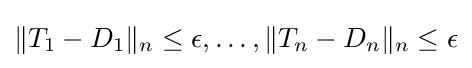
\|T_{1}-D_{1}\|_{n}\leq \epsilon ,\dots ,\|T_{n}-D_{n}\|_{n}\leq \epsilon